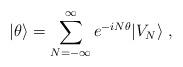
LaTeX: \begin{align*}|\theta\rangle = \sum_{N=-\infty}^\infty e^{-iN\theta} |V_N\rangle\; ,\end{align*}